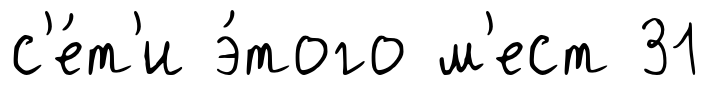
с'е́т'и э́того м'ест 31